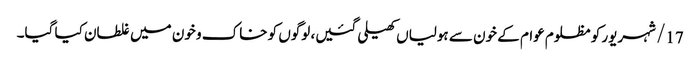
17/ شہریور کو مظلوم عوام کے خون سے ہولیاں کھیلی گئیں، لوگوں کو خاک و خون میں غلطان کیا گیا۔